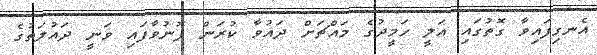
އެނގިފައިވާ ގޮތުގައި އަލީ ހަމީދުގެ މައްޗަށް ދައުވާ ކުރަން ފޮނުވާފައި ވަނީ ދައުލަތުގެ